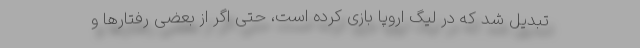
تبدیل شد که در لیگ اروپا بازی کرده است، حتی اگر از بعضی رفتارها و